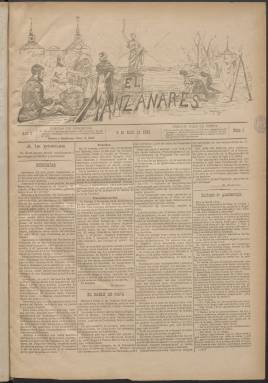
Título: El Manzanares (Madrid)
Colección: Periódicos
Ámbito geográfico: Madrid
Lugar de publicación: Madrid
Fechas: 06/04/1890-06/11/1891